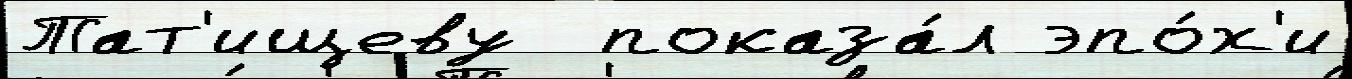
Тат'ищеву  показа́л эпо́х'и